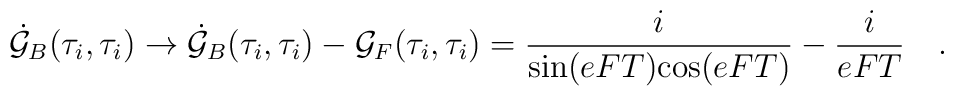
\dot{\cal G}_B(\tau_i,\tau_i)\rightarrow\dot{\cal G}_B(\tau_i,\tau_i)-{\cal G}_F(\tau_i,\tau_i)= {i\over {\rm sin}(eFT){\rm cos}(eFT)}- {i\over eFT}\quad .